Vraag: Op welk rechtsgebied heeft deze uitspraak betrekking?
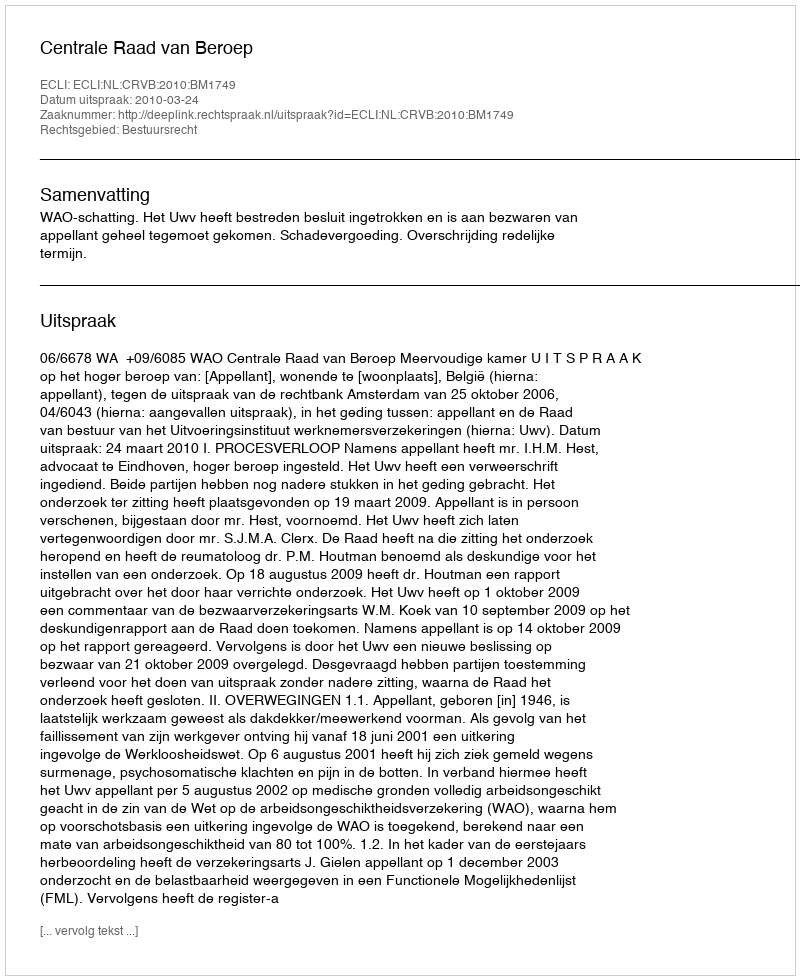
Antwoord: Bestuursrecht